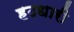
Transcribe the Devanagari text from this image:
हठधारी